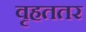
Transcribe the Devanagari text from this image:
वृहततर